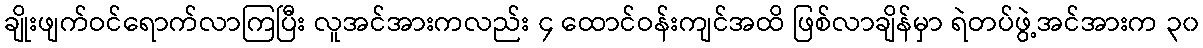
ချိုးဖျက်ဝင်ရောက်လာကြပြီး လူအင်အားကလည်း ၄ ထောင်ဝန်းကျင်အထိ ဖြစ်လာချိန်မှာ ရဲတပ်ဖွဲ့အင်အားက ၃၀